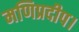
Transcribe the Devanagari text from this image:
मणिप्रदीप।